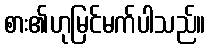
စား၏ဟုမြင်မက်ပါသည်။